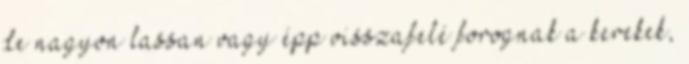
de nagyon lassan vagy épp visszafelé forognak a kerekek,